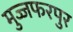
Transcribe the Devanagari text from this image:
मुज्जफरपुर